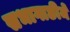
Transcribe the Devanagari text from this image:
सभागाछीमें